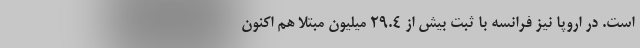
است. در اروپا نیز فرانسه با ثبت بیش از ۲۹.۴ میلیون مبتلا هم اکنون